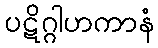
ပဋိဂ္ဂါဟကာနံ